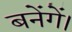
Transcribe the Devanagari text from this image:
बनेंगें।